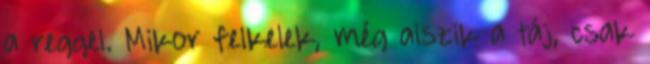
a reggel. Mikor felkelek, még alszik a táj, csak